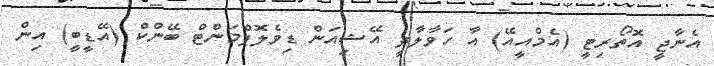
އެނާޖީ އޮތޯރިޓީ (އެމްއީއޭ) އާ ހަވާލާދީ އޭޝިއަން ޑިވެލޮޕްމަންޓް ބޭންކް (އޭޑީބީ) އިން